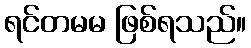
ရင်တမမ ဖြစ်ရသည်။